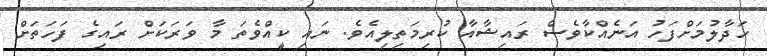
ހަދާލުމަށްފަހު އަނެއްކާވެސް ރައިޝާއާ ކުރިމަތިލިއެވެ. ނައި ކީއްވެތަ މާ ވަރަކަށް ރައިގެ ފަހަތަށް